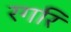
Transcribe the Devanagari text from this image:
रगरि